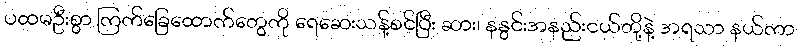
ပထမဦးစွာ ကြက်ခြေထောက်တွေကို ရေဆေးသန့်စင်ပြီး ဆား၊ နနွင်းအနည်းငယ်တို့နဲ့ အရသာ နယ်ကာ